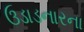
ઉડાડનારના